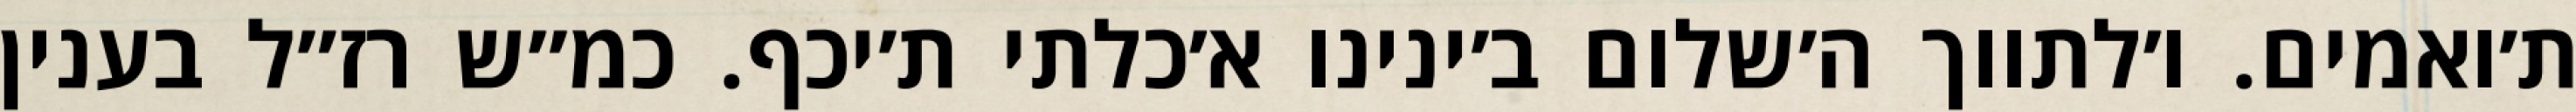
ת׳ואמים. ו׳לתווך ה׳שלום ב׳ינינו א׳כלתי ת׳יכף. כמ״ש רז״ל בענין